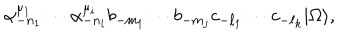
\alpha _ { - n _ { 1 } } ^ { \mu _ { 1 } } \cdots \alpha _ { - n _ { i } } ^ { \mu _ { i } } b _ { - m _ { 1 } } \cdots b _ { - m _ { j } } c _ { - \ell _ { 1 } } \cdots c _ { - \ell _ { k } } | \Omega \rangle ,